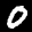
Label: 0